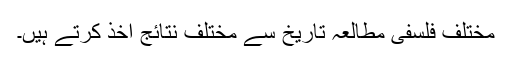
مختلف فلسفی مطالعۂ تاریخ سے مختلف نتائج اخذ کرتے ہیں۔